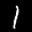
Label: 1